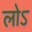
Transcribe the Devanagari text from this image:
लोऽ